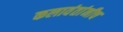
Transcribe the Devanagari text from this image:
कलावंतांनीच